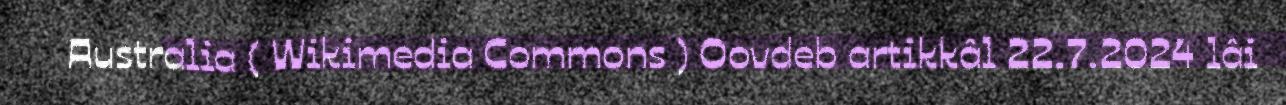
Australia ( Wikimedia Commons ) Oovdeb artikkâl 22.7.2024 lâi